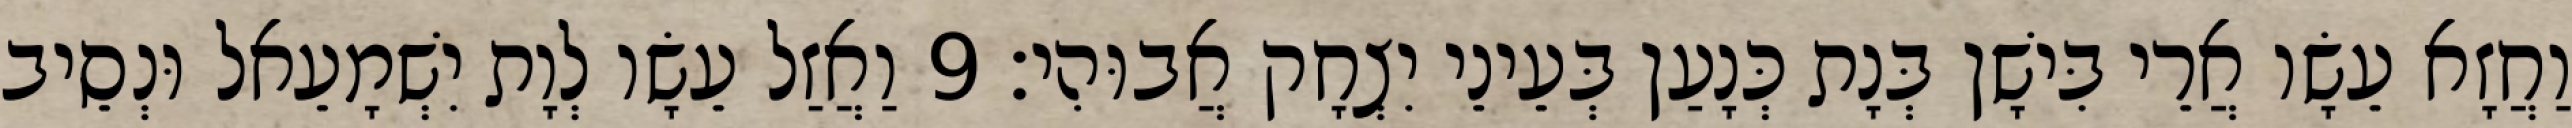
וַחֲזָא עֵשָׂו אֲרֵי בִּישָׁן בְּנָת כְּנָעַן בְּעֵינֵי יִצְחָק אֲבוּהִי׃ 9 וַאֲזַל עֵשָׂו לְוָת יִשְׁמָעֵאל וּנְסֵיב